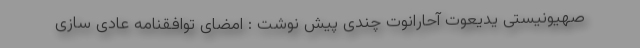
صهیونیستی یدیعوت آحارانوت چندی پیش نوشت : امضای توافقنامه عادی سازی